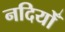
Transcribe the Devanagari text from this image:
नदियोँ